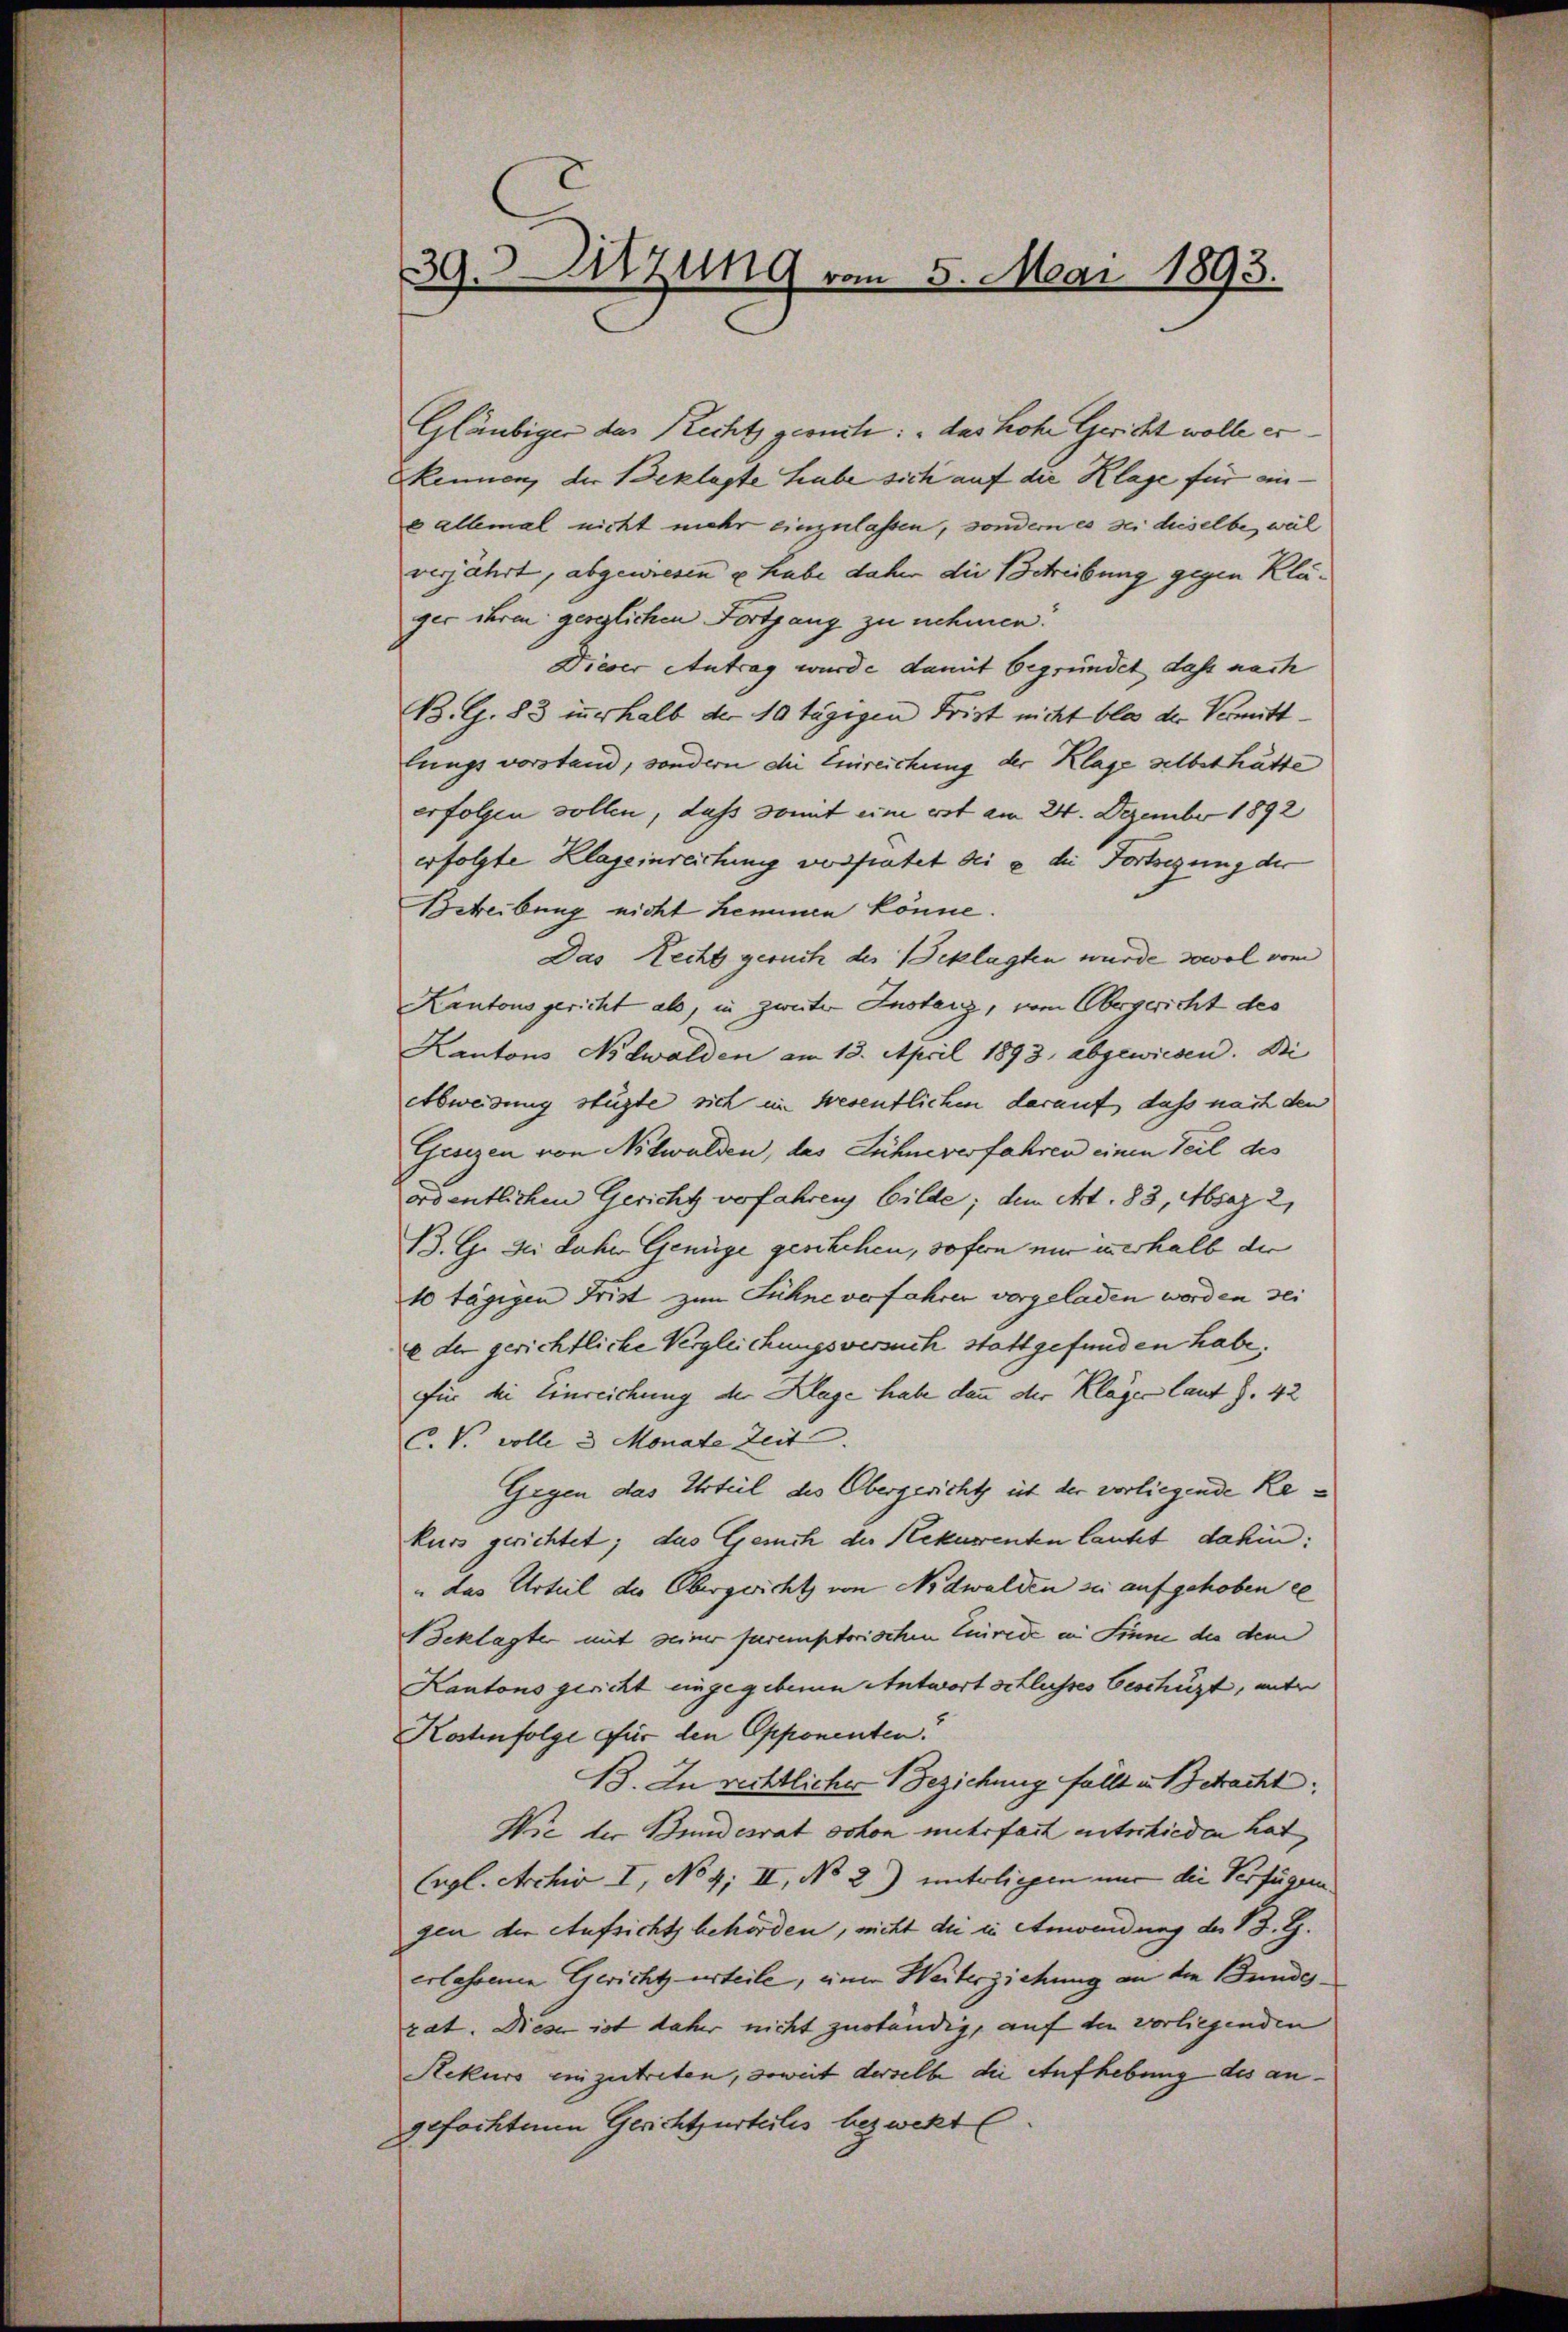
Gläubiger das Recht geomete: „das hohe Gericht wolle er
kennen, der Beklagte habe sich auf die Klage für eine allemal nicht mehr einzulassen, sondern es sei dieselbe, weil
verjährt, abgewiesen u. habe daher die Betreibung gegen Kläger ihren gereglichen Fortgang zu nehmen.
Dieser Antrag wurde damit begründet dass nach
B. G. 83 innerhalb der 10 tägigen Frist nicht blos der Vermittlungsvorstand, sondern die Einreichung der Klage selbst hätte
erfolgen sollen, dass Sonnt eine erst am 24. Dezember 1892
erfolgte Klageinreichung vorratet bei e die Fortsegung der
Betreibung nicht hemmen könne.
Das Recht geruch der Beklagten wurde sowol vom
Kantonsgericht als, in zweiter Instanz, vom Obergericht des
Kantons Nidwalden am 13. April 1893, abgewiesen. Di
Abweisung stügte sich ein wesentlichen darauf, daß nach den
Gesezen von Nidwalden, das Lühne verfahren einen Teil des
ordentlichen Gericht vorfahren bilde; dem Art. 83, Absaz 21
B. G. Bei Jahre Genüge geschehen, sofern nur unerhalb der
10 tägigen Frist zum Sühne verfahren vorgeladen worden sei
e der gerichtliche Vergleichungsversuch stattgefunden habe.
für die Einreichung der Klage habe dann der Kläger laut §. 42
C. V. volle 3 Monate Zeit
Gegen das Urteil des Obergericht ist der vorliegende Rekurs gerichtet; das Gesch der Rekurrenten laufet dahin:
"das Urteil des Obergerichts von Nidwalden zu aufgehoben ce
Seklagter mit seiner puremptorischen Zurede in Sinne der dem
Kantons gericht eingegebenen Antwort schlusses Geschüzt, unter
Koshinfolge für den Opponenten.
13. In rechtlicher 1 Beziehung fällt u. Betracht.
Wie der Bundesrat schon mehrfach entschieden hat
Engl. Archiv I, No 4; II, No 2) unterliegen mir die Verfügen.
gen der Aufsichtsbehörden, nicht die in Anwendung des 13. G.
erlassene Gericht urteile, einen Weiterziehung an die Bundesrat. Dieser ist daher nicht zuständig, auf die vorliegenden
Rekurs einzutreten, soweit derselbe die Aufhebung des angefochtenen Gerichtsurteilis bezwekt.

39. Sitzung vom 5. Mai 1893.